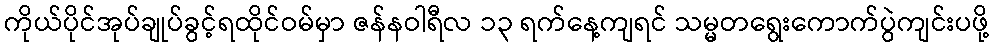
ကိုယ်ပိုင်အုပ်ချုပ်ခွင့်ရထိုင်ဝမ်မှာ ဇန်နဝါရီလ ၁၃ ရက်နေ့ကျရင် သမ္မတရွေးကောက်ပွဲကျင်းပဖို့